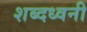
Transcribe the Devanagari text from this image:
शब्दध्वनी